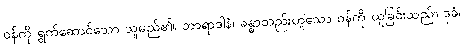
ဝန်ကို ရွက်ဆောင်သော သူမည်၏။ ဘာရာဒါနံ၊ ခန္ဓာတည်းဟူသော ဝန်ကို ယူခြင်းသည်။ ဒုခံ၊